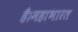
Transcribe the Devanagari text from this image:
है।महाभारत